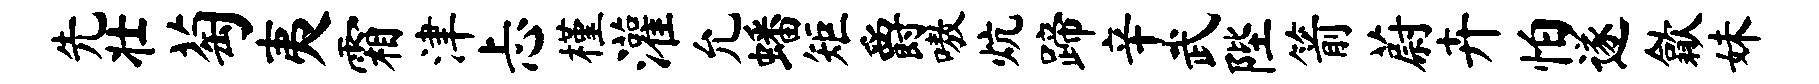
先壮萄夷霜津忐槿灌允蟠矩爵嗷炕蹄辛武陛箭蔚卉怕遂歙妹